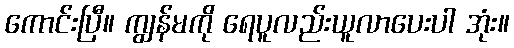
ကောင်းပြီ။ ကျွန်မကို ရေပူလည်းယူလာပေးပါ အုံး။